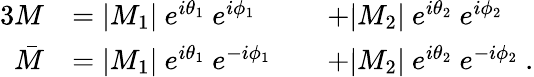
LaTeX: {\begin{array}{rlrl}{{3}M}&{=|M_{1}|\ e^{i\theta_{1}}\ e^{i\phi_{1}}}&&{+|M_{2}|\ e^{i\theta_{2}}\ e^{i\phi_{2}}}\\ {{\bar{M}}}&{=|M_{1}|\ e^{i\theta_{1}}\ e^{-i\phi_{1}}}&&{+|M_{2}|\ e^{i\theta_{2}}\ e^{-i\phi_{2}}\ .}\end{array}}